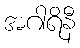
အဂါရိနီ